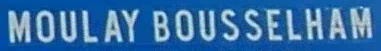
MOULAY BOUSSELHAM